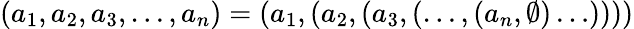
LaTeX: (a_{1},a_{2},a_{3},\ldots,a_{n})=(a_{1},(a_{2},(a_{3},(\ldots,(a_{n},\emptyset)\ldots))))